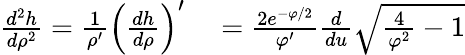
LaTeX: \begin{array}{rl}{\frac{d^{2}h}{d\rho^{2}}=\frac{1}{\rho^{\prime}}\left(\frac{dh}{d\rho}\right)^{\prime}}&{{}=\frac{2e^{-\varphi/2}}{\varphi^{\prime}}\frac{d}{du}\sqrt{\frac{4}{\varphi^{2}}-1}}\end{array}